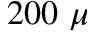
2 0 0 ~ \mu